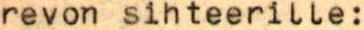
revon sihteerille: